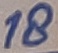
Text: 18